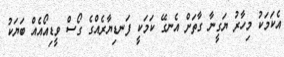
އެކަމަކު މިހާރު ޔަގީނާ ގާތަށް އެނގޭ ކަމަކީ ފަނޑިޔާރެއްގެ ގޯސް ވީޑިއޯއެއް ބަޔަކު